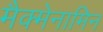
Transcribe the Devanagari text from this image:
मैक्मेनामिन